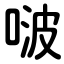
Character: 啵